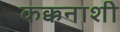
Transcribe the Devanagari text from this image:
कक्कनाशी